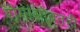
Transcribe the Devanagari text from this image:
रोगांसोबतही